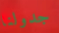
جدولنا